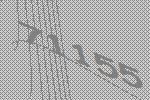
71155